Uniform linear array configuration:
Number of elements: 48
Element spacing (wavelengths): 0.75
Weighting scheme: hann
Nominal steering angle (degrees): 60
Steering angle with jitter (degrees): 61.115
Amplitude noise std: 0.05
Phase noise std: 0.05

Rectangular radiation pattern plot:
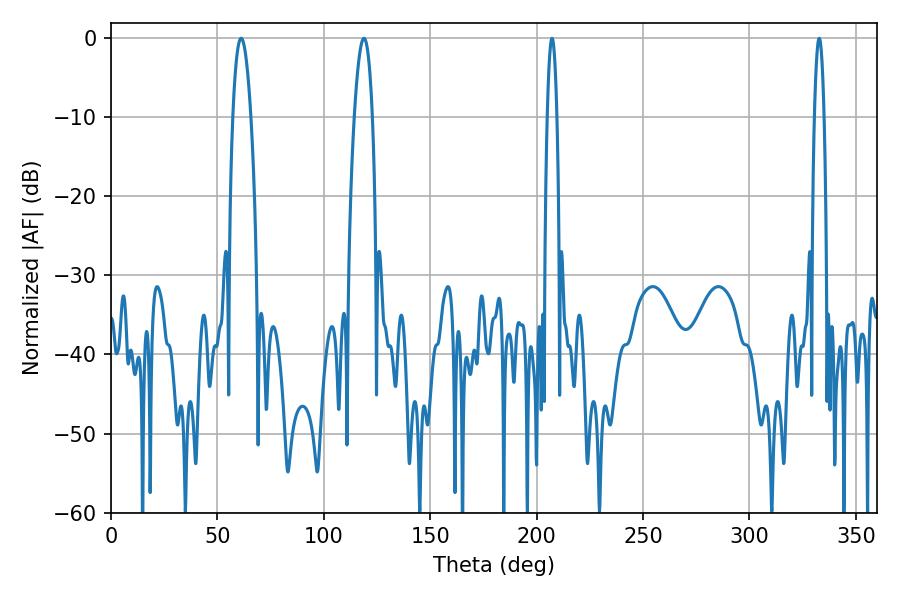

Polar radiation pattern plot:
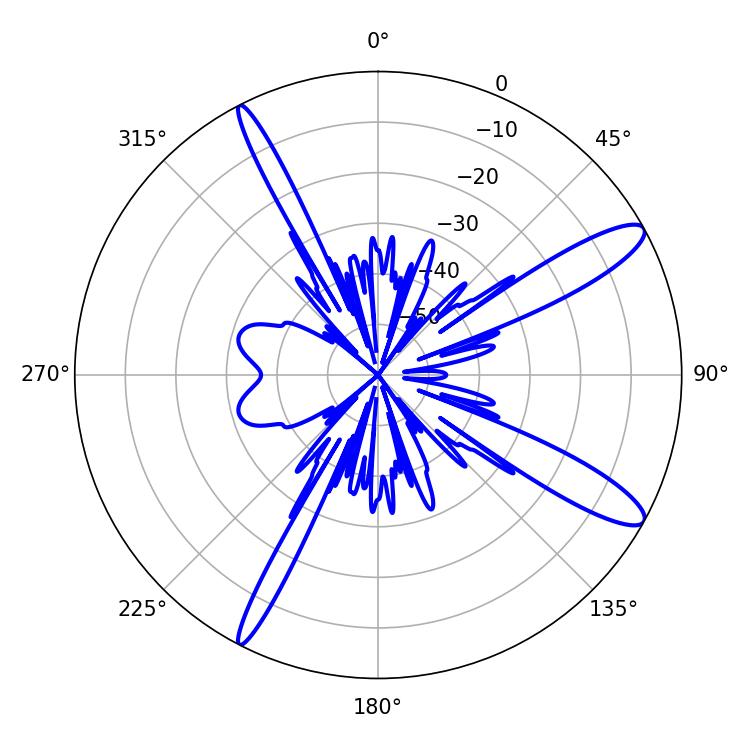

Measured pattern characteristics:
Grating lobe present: TRUE
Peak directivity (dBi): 12.543
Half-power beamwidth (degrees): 4.68
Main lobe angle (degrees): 118.8